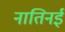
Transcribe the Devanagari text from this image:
नातिनई